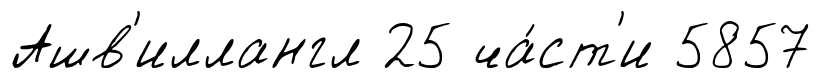
Ашв'иллангл 25 ча́ст'и 5857